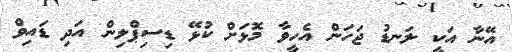
އޭނާ އަކީ ލަނޑު ޖަހަން އެހީވާ މޮޅަށް ކުޅޭ ޑިސިޕްލިން އަދި ޑައިވް